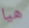
هيا